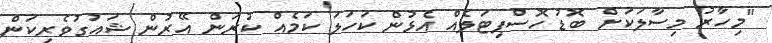
"މިހާރު މިސާލަކަށް ބޮޑު ހޮސްޕިޓަލެއް އެޅުން ކަހަލަ ކަމެއް ކުރަން އޭރުން ޝައުގުވެރިކަން